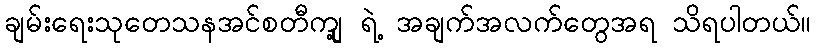
ချမ်းရေးသုတေသနအင်စတီကျု့ ရဲ့ အချက်အလက်တွေအရ သိရပါတယ်။